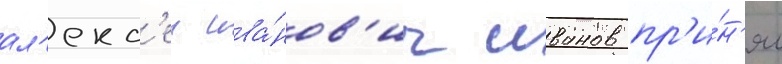
ал'екс'еи ива́нов'ич иванов пр'и́н'ял